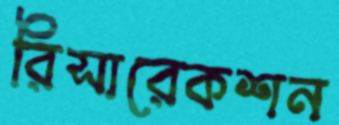
রিসারেকশন